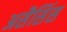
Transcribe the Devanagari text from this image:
असैसिंस